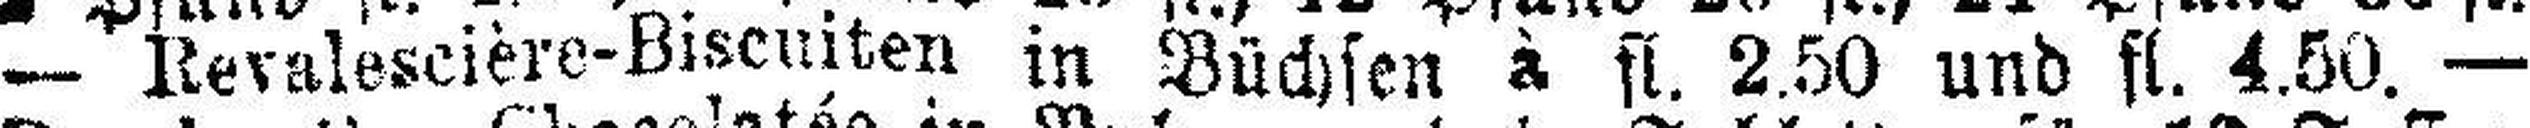
— Revalescière-Biscuiten in Büchsen à fl. 2.50 und fl. 4.50. —